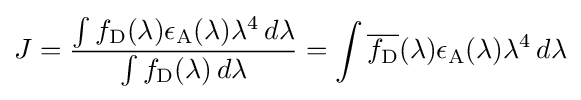
J={\frac {\int f_{\text{D}}(\lambda )\epsilon _{\text{A}}(\lambda )\lambda ^{4}\,d\lambda }{\int f_{\text{D}}(\lambda )\,d\lambda }}=\int {\overline {f_{\text{D}}}}(\lambda )\epsilon _{\text{A}}(\lambda )\lambda ^{4}\,d\lambda